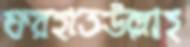
ফরহাতউল্লাহ